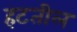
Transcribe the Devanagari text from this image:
हटतील